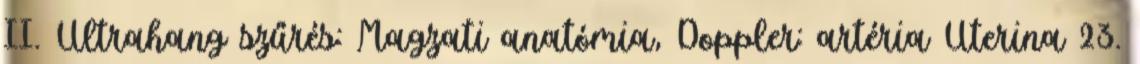
II. Ultrahang szűrés: Magzati anatómia, Doppler: artéria Uterina 23.